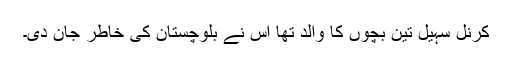
کرنل سہیل تین بچوں کا والد تھا اُس نے بلوچستان کی خاطر جان دی۔